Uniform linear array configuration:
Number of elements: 32
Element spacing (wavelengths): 0.5
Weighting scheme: exponential
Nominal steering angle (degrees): -60
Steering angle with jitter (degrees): -60.586
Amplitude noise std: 0.05
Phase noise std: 0.05

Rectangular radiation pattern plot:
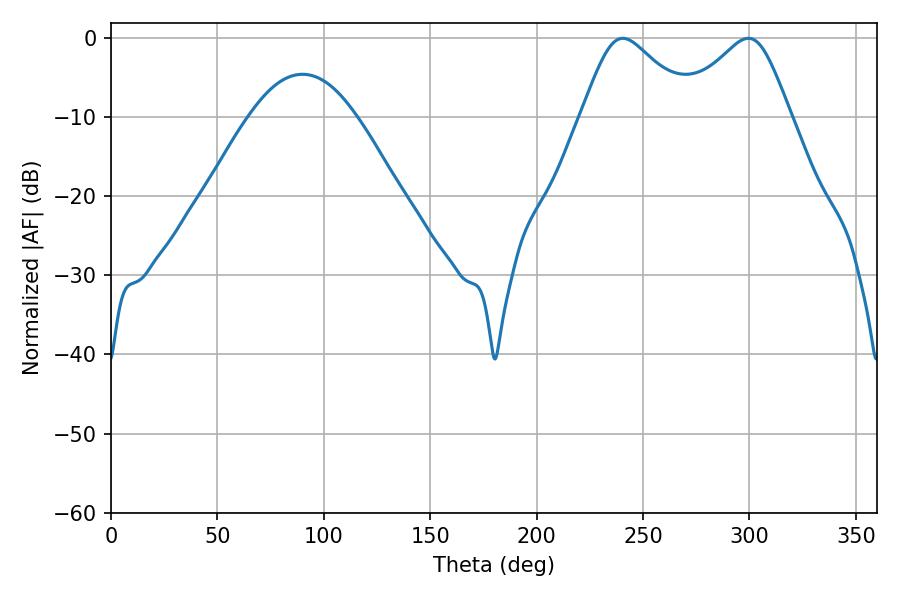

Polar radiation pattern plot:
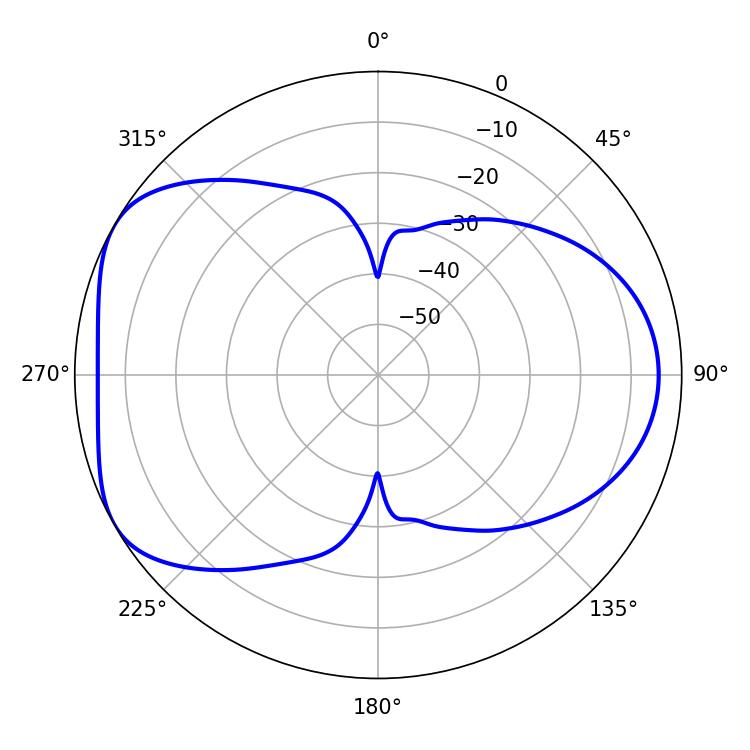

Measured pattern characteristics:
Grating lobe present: FALSE
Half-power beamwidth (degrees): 25.92
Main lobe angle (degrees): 240.48